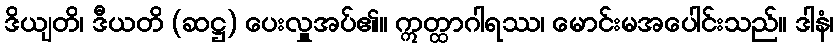
ဒိယျတိ၊ ဒီယတိ (ဆဋ္ဌ) ပေးလှူအပ်၏။ ဣတ္ထာဂါရဿ၊ မောင်းမအပေါင်းသည်။ ဒါနံ၊